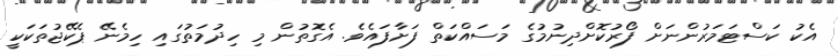
އެކު ކަސްޓަމަރުންނަށް ފޯރުކޮށްދިނުމުގެ މަސައްކަތް ފަށާފައެވެ. އެގޮތުން މި ހިދުމަތުގައި ހިމެނޭ ޕެކޭޖުތަކަކީ